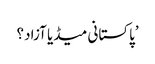
’پاکستانی میڈیا آزاد؟